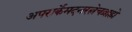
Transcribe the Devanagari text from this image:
अपरार्केमदनरत्नेचब्राह्मे